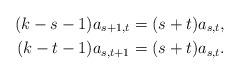
LaTeX: \begin{align*} (k-s-1)a_{s+1,t} & = (s+t)a_{s,t} , \\ (k-t-1)a_{s,t+1} & = (s+t)a_{s,t} . \end{align*}